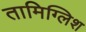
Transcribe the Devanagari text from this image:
तामिग्लिश